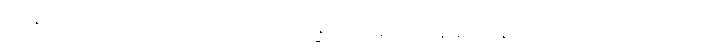
ယာနဿ၊ ယာဉ်ကိုလည်းကောင်း။ မာလာဂန္ဓဝိလေပနဿ၊ ပန်းနံ့သာ နံ့သာပျောင်းကို လည်းကောင်း။